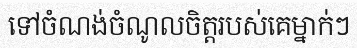
ទៅចំណង់ចំណូលចិត្តរបស់គេម្នាក់ៗ